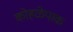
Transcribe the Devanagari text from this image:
कोहळेपाक